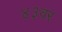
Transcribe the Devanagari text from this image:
४३वर